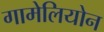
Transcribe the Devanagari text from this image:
गामेलियोन